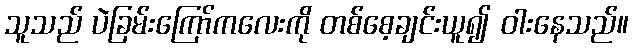
သူသည် ပဲခြမ်းကြော်ကလေးကို တစ်စေ့ချင်းယူ၍ ဝါးနေသည်။